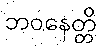
ဘဝနေတ္တိ